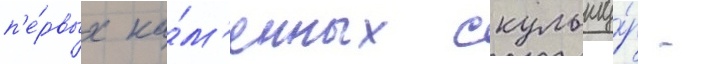
п'е́рвых ка́м'енных скульпту́р -